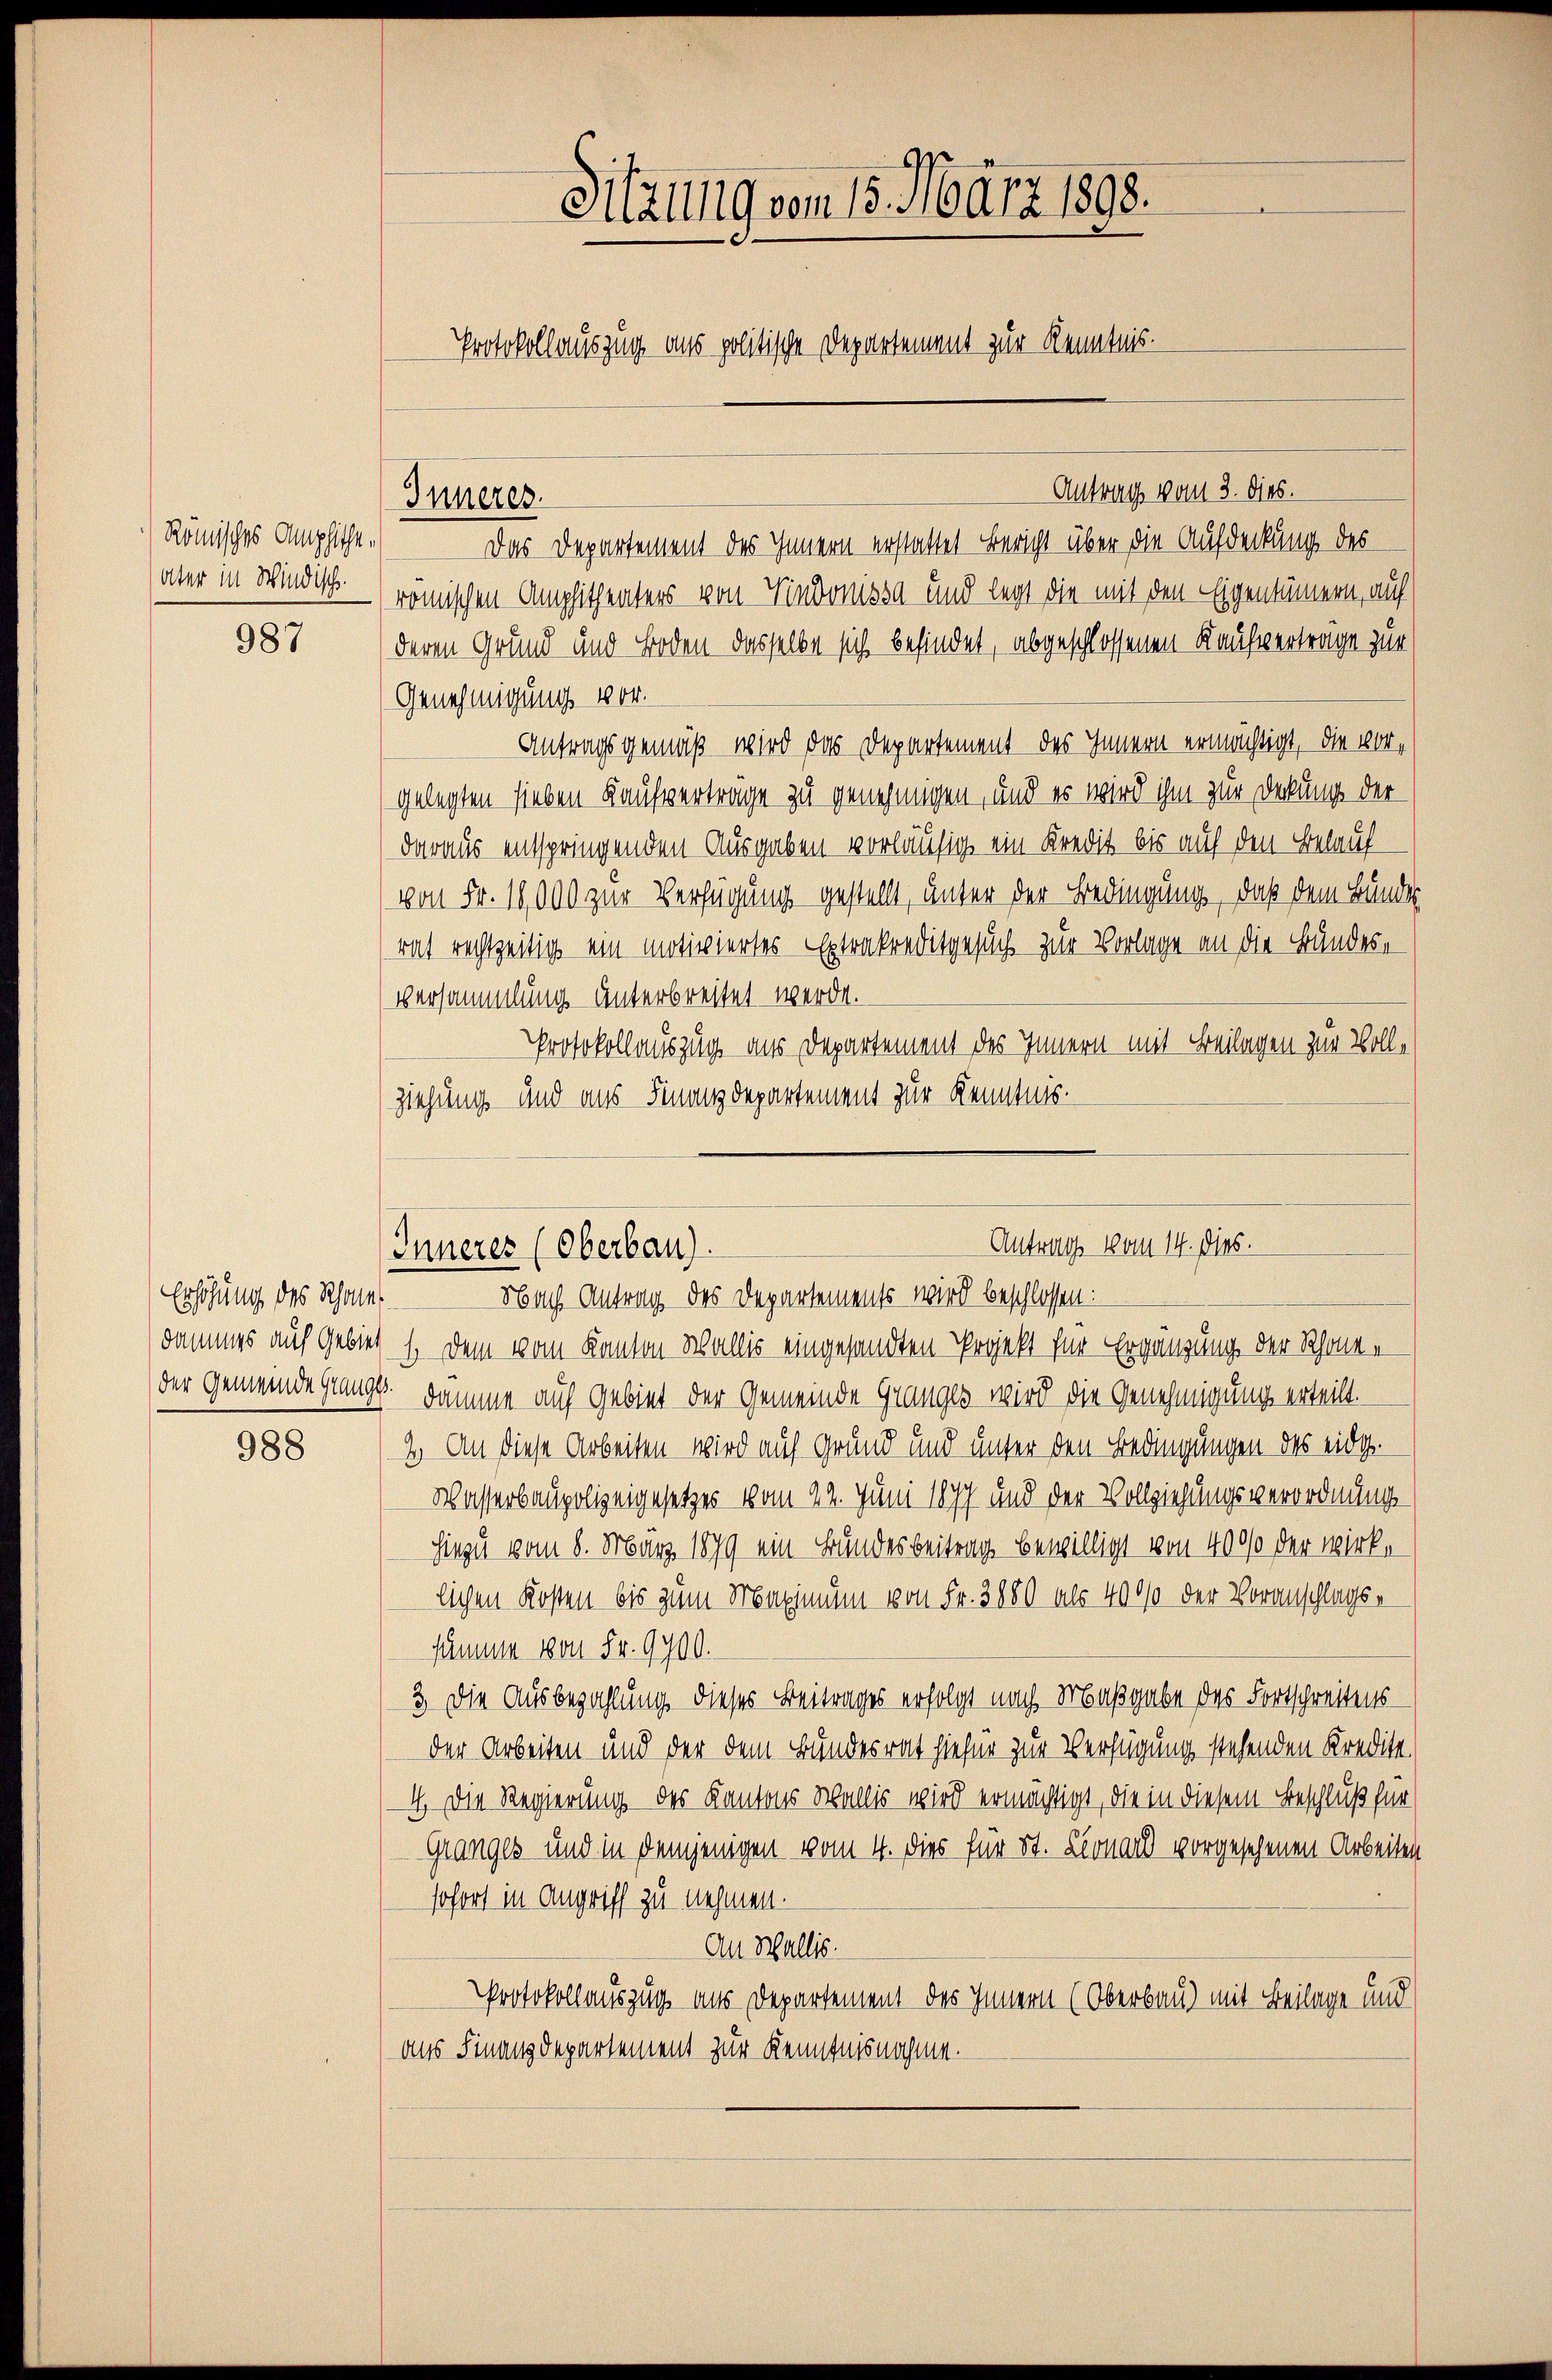
Römisches Amphitheater in Windisch.

987

Erhöhung des Schale
Dammes auf Gebiet

988

Sitzung vom 15. März 1898.
Protokollauszug aus politische Departement zur Kenntnis.

Antrag vom 3. dies.
Das Departement des Innern erstattet Bericht über die Aufdeckung des
romischen Amphitheaters von Vindouissa und legt die mit den Eigentümern, auf
deren Grund und Boden dasselbe sich befindet, abgeschlossenen Kaufverträge zur
Genehmigung 100.
Antragsgemäß wird das Departement des Innern ermächtigt, die vorgelegten sieben Kaufvertrage zu genehmigen, und es wird ihm zur Deckung der
daraus entspringenden Ausgaben vorläufig ein Kredit bis auf den Belauf-
von Fr. 18,000 zur Verfügung gestellt, unter der Bedingung, daß dem Bundes
rat rechtzeitig ein motiviertes Extrakreditgesuch zur Vorlage an die Bundese
Versammlung unterbreitet werde.
Protokollauszug aus Departement des Innern mit Beilagen zur Vollziehung und aus Finanzdepartement zur Kenntnis.

Inneres.

1. Dem vom Kanton Wallis eingesandten Projekt für Ergänzung der Schönen
der Gemeinde Ganges. Damme auf Gebiet der Gemeinde Granges wird die Genehmigung erteilt.
2. An diese Arbeiten wird auf Grund und unter den Bedingungen des eidg.
Wasserbaupolizeigesetzes vom 22. Juni 1877 und der Vollziehungsverordnung
hiezu vom 8. März 1879 ein Bundesbeitrag bewilligt von 4000 der wirklichen Kosten bis zum Maximum von Fr. 3880 als 4000 der Voranschlagssumme von Fr. 9900.
3.) Die Ausbezahlung dieses Beitrages erfolgt nach Maßgabe des Fortschreibensder Arbeiten und der dem Bundesrat hiefür zur Verfügung stehenden Kredite
4. Die Regierung des Kantons Wallis wird ermächtigt, die in diesem Beschluß für
Granges und in demjenigen vom 4. dies für St. Leonar vorgesehenen Arbeiten
sofort in Angriff zu nehmen.
An Wallis.
Protokollauszug aus Departement des Innern (Oberbau mit Beilage und
aus Finanzdepartement zur Kenntnisnahme.

Antrag vom 14. Dies.
Innerer (Oberbau)
Nach Antrag des Departements wird beschlossen: